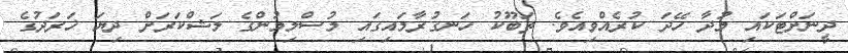
ދީނަށްޓަކައި މުދާ ހޭދަ ކުރެއްވިއެވެ. ތަބޫކު ހަނގުރާމައިގައި މުސްލިމުންގެ ލަޝްކަރަށް ދިޔަ ޚަރަދުގެ